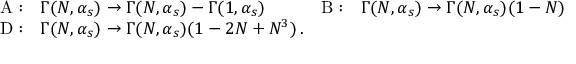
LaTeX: \begin{array} { c l c l } { { \mathrm { A : } } } & { { \Gamma ( N , \alpha _ { s } ) \rightarrow \Gamma ( N , \alpha _ { s } ) - \Gamma ( 1 , \alpha _ { s } ) \: \: \: \: } } & { { \mathrm { B : } } } & { { \Gamma ( N , \alpha _ { s } ) \rightarrow \Gamma ( N , \alpha _ { s } ) ( 1 - N ) } } \\ { { \mathrm { D : } } } & { { \Gamma ( N , \alpha _ { s } ) \rightarrow \Gamma ( N , \alpha _ { s } ) ( 1 - 2 N + N ^ { 3 } ) \, . } } & { { } } & { { } } \end{array}